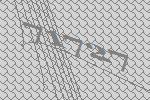
71727